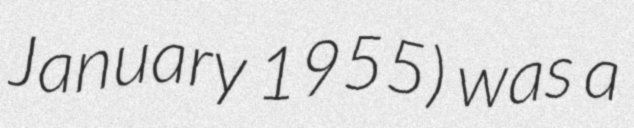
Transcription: January 1955) was a